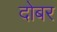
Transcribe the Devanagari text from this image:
दोबर